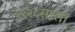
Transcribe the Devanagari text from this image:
१९२८साली